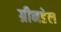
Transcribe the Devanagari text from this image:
ग्रीनडेल